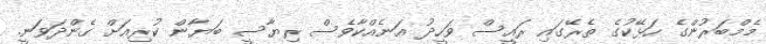
މެމްބަރުންގެ ހަޅޭކުގެ ތެރޭގައި ރައީސް ވަހީދު އަނެއްކާވެސް ރިޔާސީ ބަޔާން ކުރިއަށް ގެންދަވަނީ.